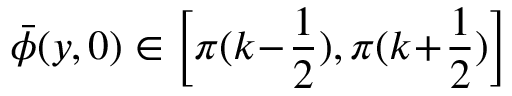
\bar { \phi } ( y , 0 ) \in \left[ \pi ( k \! - \! \frac 1 2 ) , \pi ( k \! + \! \frac 1 2 ) \right]